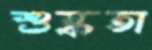
শুষ্কতা